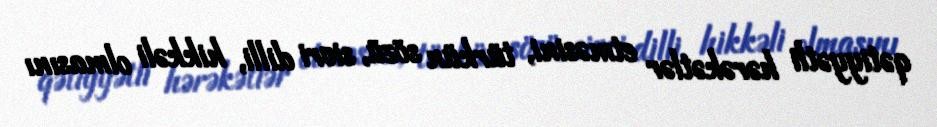
qətiyyətli hərəkətlər etməsini, türkün sözü, sivri dilli, hikkəli olmasını